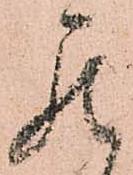
罷